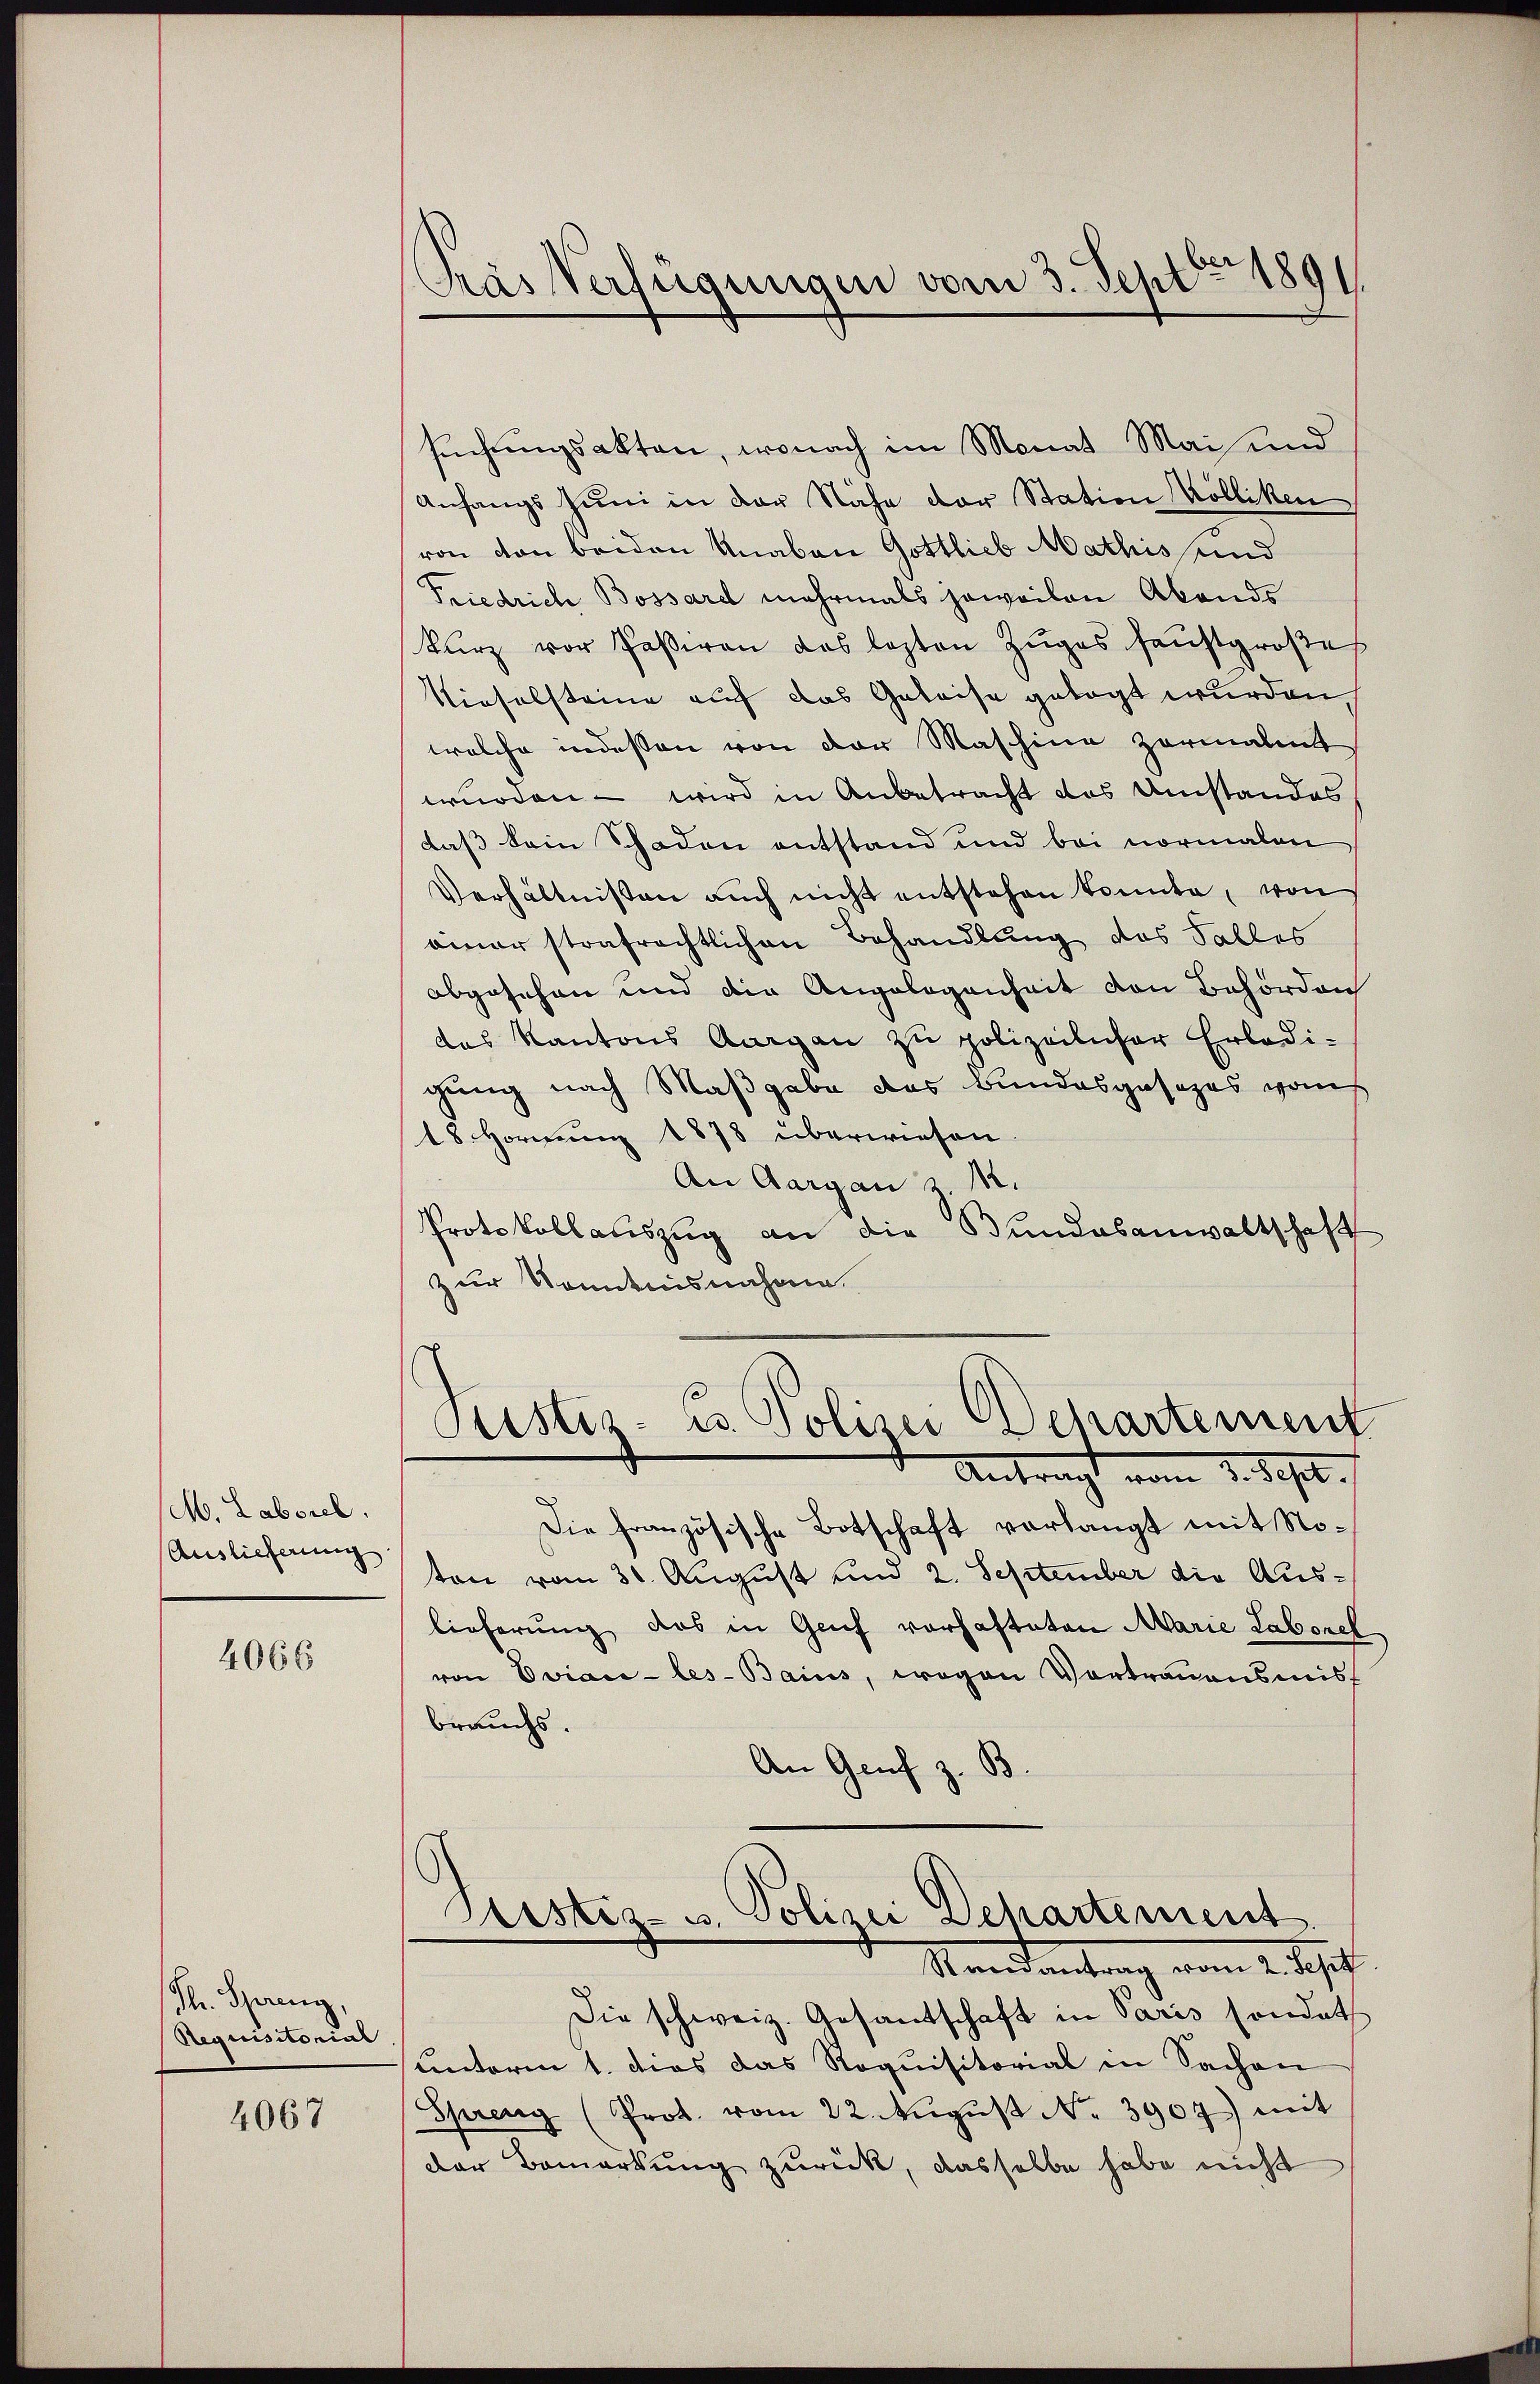
M. Laborel,
Auslieferung

4066

Th. Spreng,
Requisitorial

4067

Cras Verfügungen vom 3. Sept 1891.

suchungsakten, wonach im Monat Mai und
Anfangs Juni in der Nähe der Station Kölliken
von von beiden Knaben Gottlieb Mathis und
Friedrich Bossard mehrmals jeweilen Abends
kurz vor Passiren das lezten Zuges sanstgroßes
Nieselsteine auf das Geleise gelegt wurden,
welche indessen von der Maschine zermalint
wurden - wird in Anbetracht des Umstandes
daß kein Schaden entstand und bei normalen
Verhältnissen aŭch nicht entstehen konnte, von
einer strafrechtlichen Behandlung das Falles
abgesehen und die Angelegenheit den Behördlich
des Kantons Aargau zu polizeilicher Erledi-
gung nach Maßgabe das Bundesgesezes vons
18 Hornung 1878 überwiesen
An Aargau 2 M.
Protokollauszug an die Bundesanwaltschaft
zur Kenntnisnahme.

Ptistiz-C. Polizei Departement
Antragt vom 2. Sept.

Aristiz- u. Polizei Departement
Stand antrag vom 1. Sept

Die schweiz. Gesandschaft in Paris sondet
unterm 1. dies das Roquisitorial in Sachen
Spreng (Prot. vom 22. Aŭgŭst No. 3907) mit
der Bemerkŭng zŭrück, dasselbe habe nicht

Die französische Botschaft verlangt mit Noton vom 30. August und 2. September die Auslieferung das in Genf vorhafteten Marie Laborel
von Eviace-les-Bains, wegen Vortrauensmis
brauchs.
An Genf z. B.